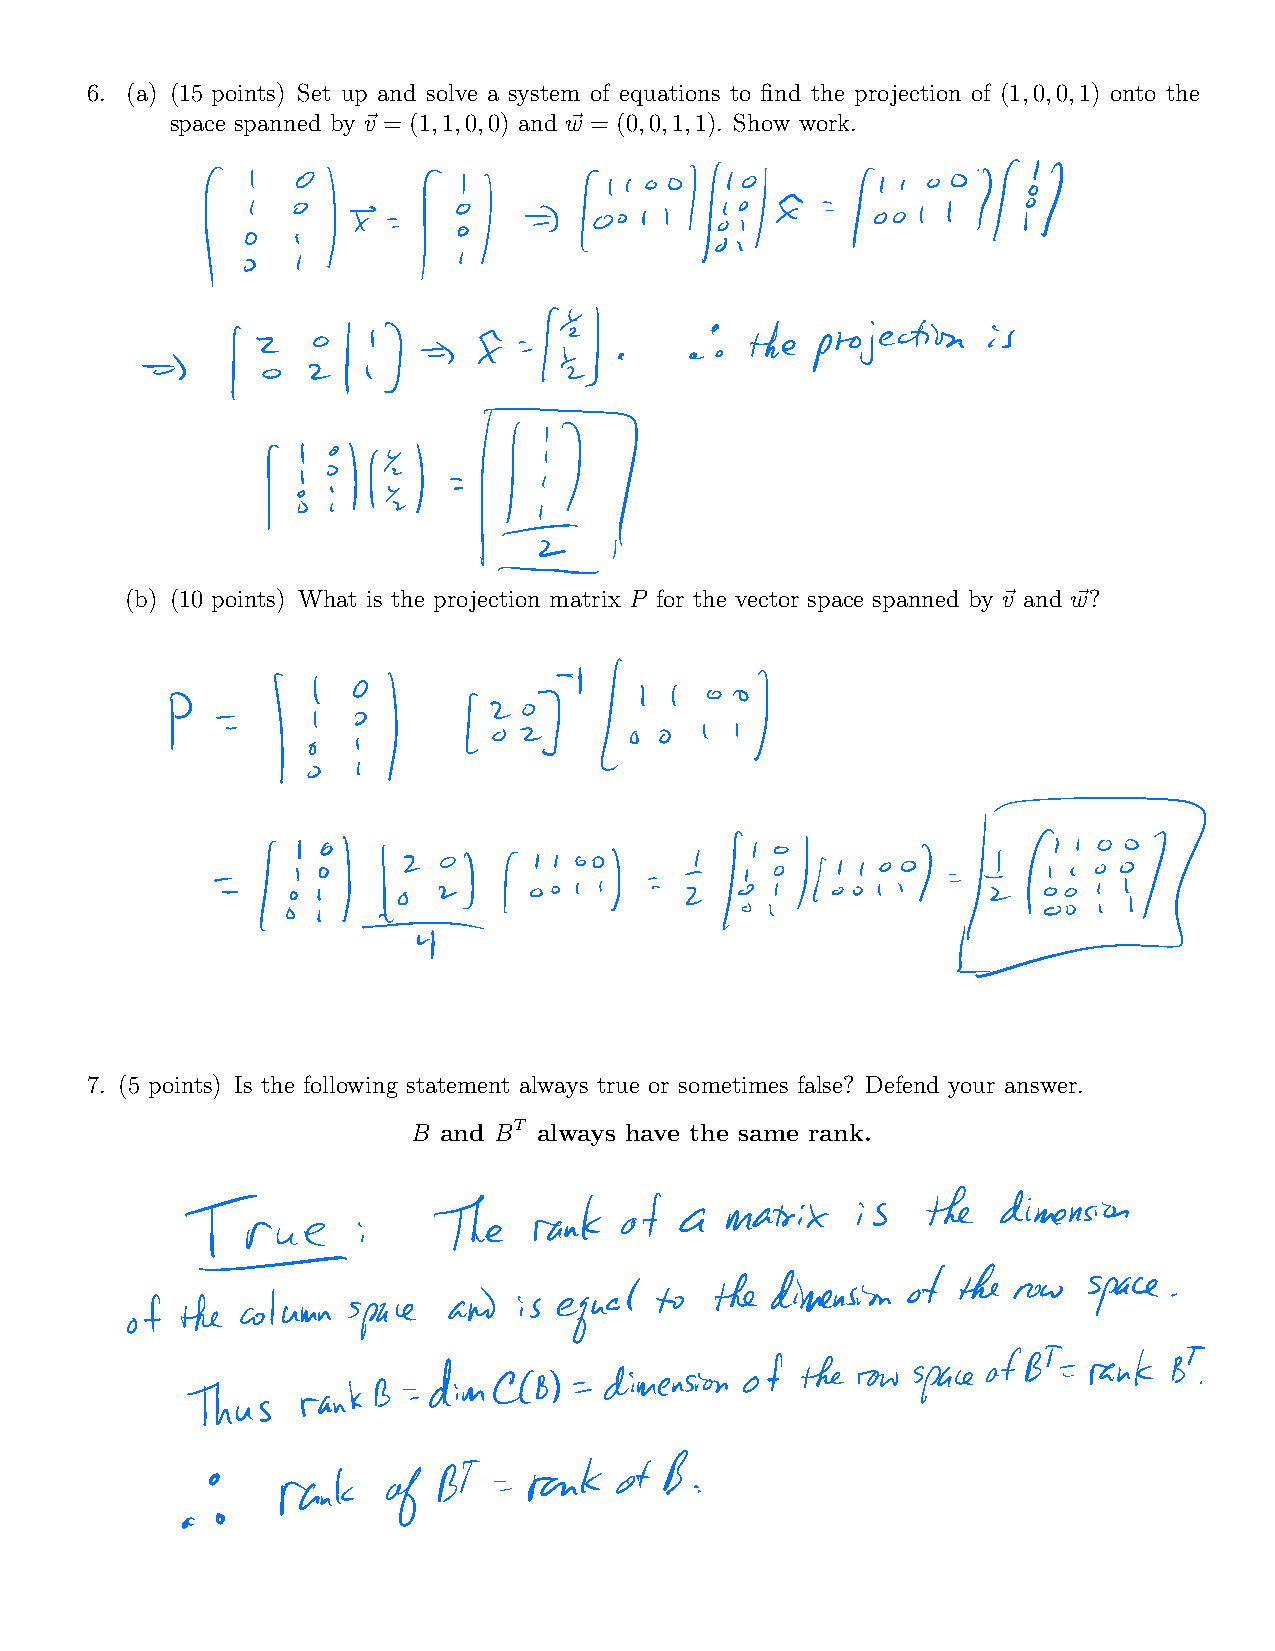
6. (a) (15 points) Set up and solve a system of equations to find the projection of (1,0,0,1) onto the
 space spanned by ~v= (1,1,0,0) and ~w= (0,0,1,1). Show work.
 f          1      11         1       71
 1
 E           the              is
 3      1       I                    projection
 HIM            III
 (b) (10 points) What is the projection matrix P for the vector space spanned by ~vand ~w?
 51
 P                  1
 1
 1   11              lD
 1411
 7. (5 points) Is the following statement always true or sometimes false? Defend your answer.
 B and BT always have the same rank.
 True           The    rank  of  a  matrix   is  the  dimension
 of the
 of thecolumn         and  is equal to  thedimension        new  space
 space
 of  the
 ofBE   rankBT
 Thus
 rankB    dimCCB     dimension         row space
 B
 BT    rank   of
 rank   of
 a 0